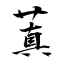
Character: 蒖